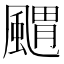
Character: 䬑